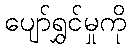
ပျော်ရွှင်မှုကို